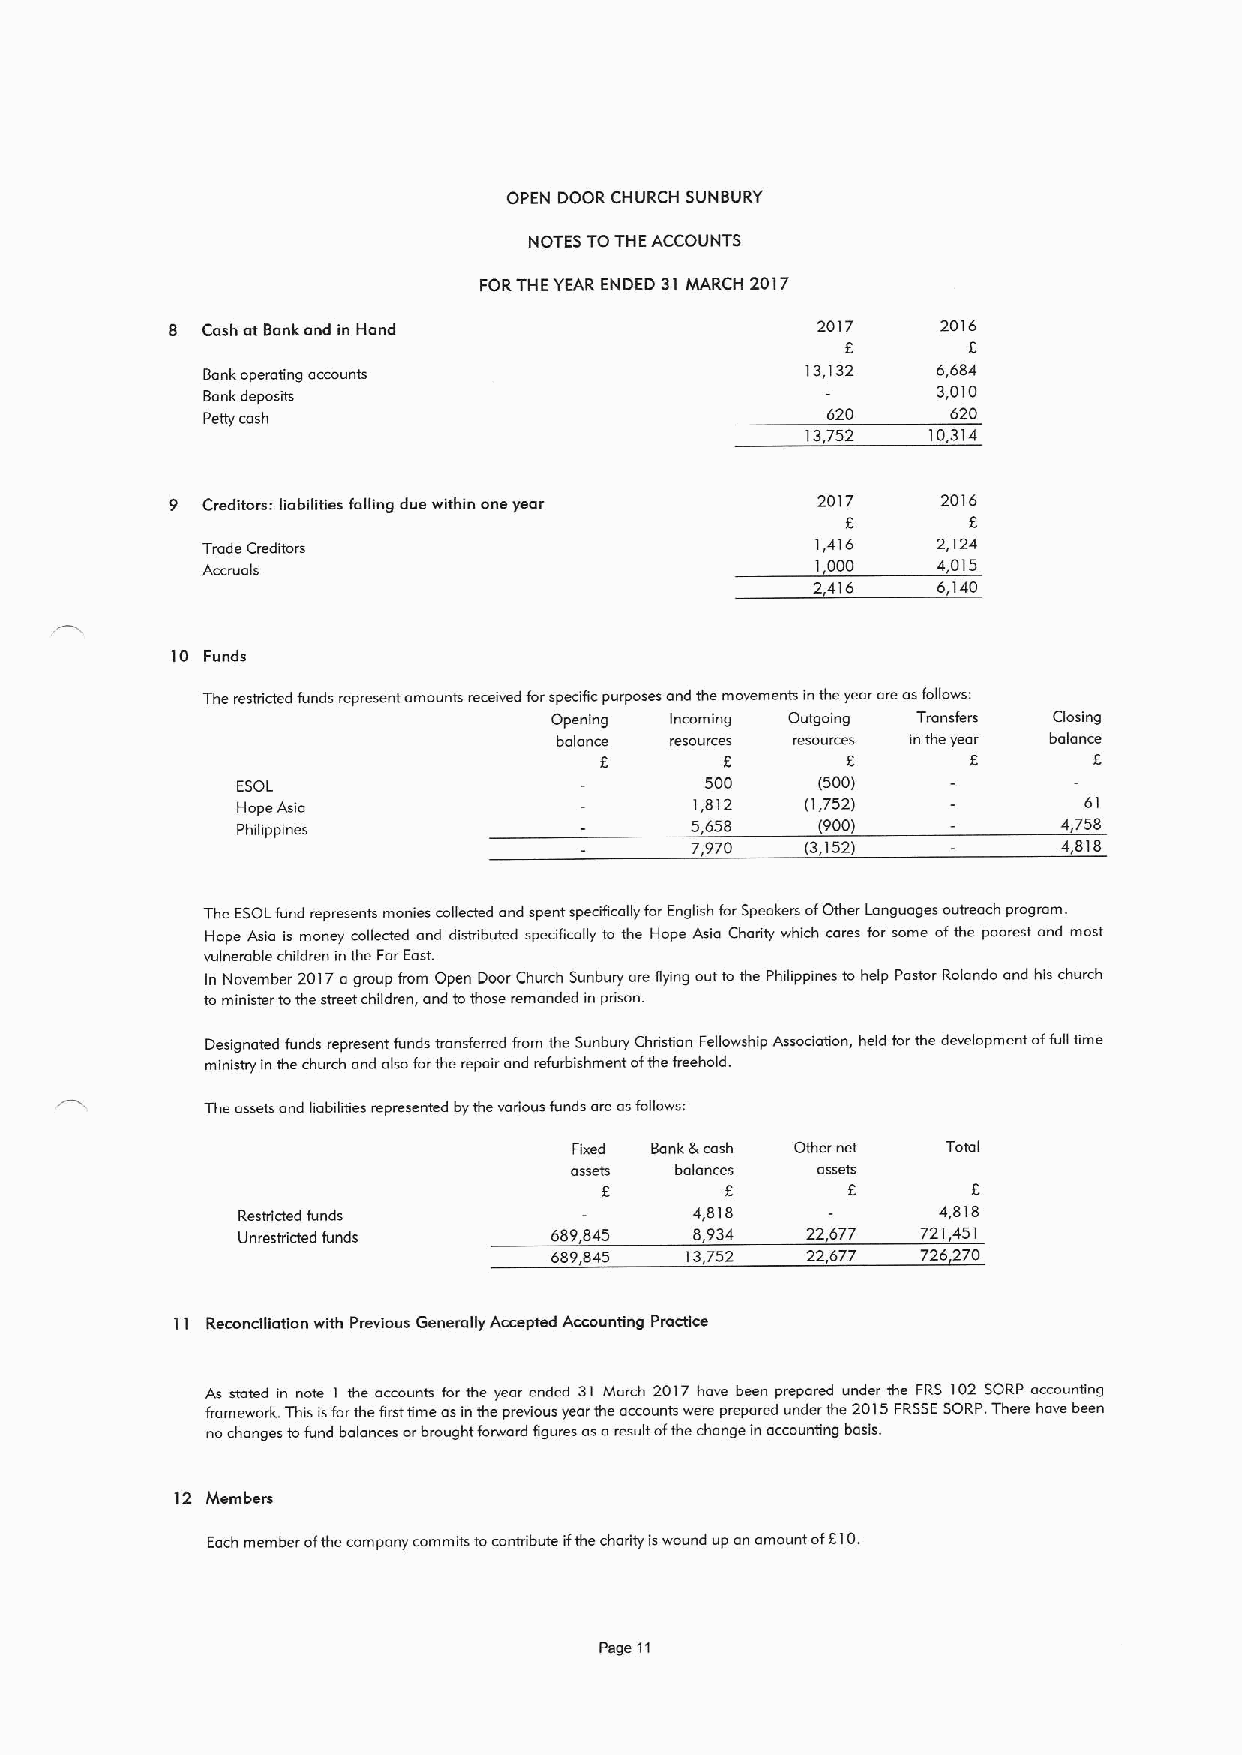
OPEN DOOR CHURCH SUNBURY
 NOTES TOTHEACCOUNTS
 FORTHE YEAR ENDED 31 MARCH 2017
 8 Cash at Bankand in Hand                  2017    2016
 8       8
 Bank operating accounts                 13,132   6,684
 Bank deposits
 3,010
 Petty cash                                620     620
 13,752   10,314
 9 Creditors: liablgties fislling due within one year 2017 2016
 8       8
 Trade Creditors
 1,416   2,124
 Accruals
 1,000   4,015
 2,416   6,140
 10 Funds
 The restricted funds represent amounts received forspecific purposes and the movements inthe year are asfollows:
 Opening Incoming Outgoing Transfers Closmg
 balance resources resources in the year balance
 8       8       8       8
 ESOL                           500    (500)
 Hope Asia                     1,812  (1,752)            61
 Philippines
 5,658   (900)           4,758
 7,970  (3,152)          4,818
 The ESOLfund represents monies collected and spent specifically for English for Speakers ofOther Languages outreach program.
 Hope Asia is money collected and distributed specifically to the Hope Asia Charity which cares for some ofthe poorest and most
 vulnerable children inthe Far East.
 In November 2017agroup from Open Door Church Sunbury are flying out to the Phihppines to help Pastor Rolando and his church
 to minister tothe street children, and tothose remanded in prison.
 Designated funds represent funds transferred from the Sunbury Christian Fellowship Association, held forthe development offull time
 ministry in the church and also forthe repair and refurbishment ofthe freehold.
 The assets and liabilities represented bythe various funds are asfollows:
 Fixed Bank &cash Other net Total
 assets balances assets
 F.      8       8       8
 Restricted funds
 4,818           4,818
 Unrestricted funds  689,845   8,934  22,677  721,451
 689,845  I3,752  22,677  726,270
 11 Reconciliation with Previous Generally Accepted Accounting Practice
 As stated in note I the accounts far the year ended 31 March 2017 have been prepared under the FRS 102 SORP accounting
 framework. This isforthe firsttime asin the previous year the accounts were prepared under the 2015FRSSESORP.There have been
 no changes tofund balances orbrought forward figures asaresult ofthe change in accounting basis.
 12 Members
 Each member ofthe company commits tocontribute ifthe charity iswound up an amount of810.
 Page it